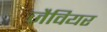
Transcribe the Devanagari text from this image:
ज़ैवियर